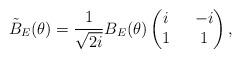
LaTeX: \begin{align*}\tilde{B}_E(\theta)=\frac{1}{\sqrt{2i}}B_E(\theta)\left(\begin{matrix}i\ \ &-i\\1\ \ &1\end{matrix}\right),\end{align*}